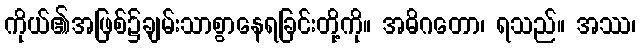
ကိုယ်၏အဖြစ်၌ချမ်းသာစွာနေရခြင်းတို့ကို။ အဓိဂတော၊ ရသည်။ အဿ၊